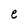
Character: e